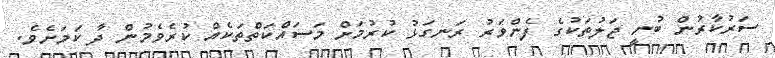
ސަރުކާރުން ބުނީ ޖަލުތަކުގެ ފެންވަރު ރަނގަޅު ކުރުމަށް މަސައްކަތްތަކެއް ކުރެވެމުން ދާ ކަމަށެވެ.